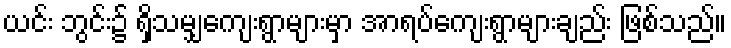
ယင်း ဘွင်း၌ ရှိသမျှကျေးရွာများမှာ အာရပ်ကျေးရွာများချည်း ဖြစ်သည်။